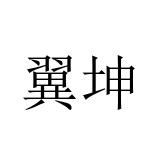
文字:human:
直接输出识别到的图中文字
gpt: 翼坤